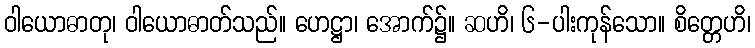
ဝါယောဓာတု၊ ဝါယောဓာတ်သည်။ ဟေဋ္ဌာ၊ အောက်၌။ ဆဟိ၊ ၆-ပါးကုန်သော။ စိတ္တေဟိ၊